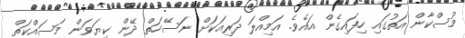
މުސްކާން އަތުގައި ހިފައިގެން އައެވެ. އަމިއްލަ ދަރިއަކަށް ނަސޭހަތް ދޭން ކިޔަވަން މަސައްކަތް